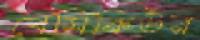
বেসিকিউর